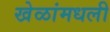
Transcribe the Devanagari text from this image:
खेळांमधली